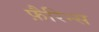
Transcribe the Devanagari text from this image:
फ़ैरिन्स